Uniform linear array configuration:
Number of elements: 12
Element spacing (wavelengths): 1
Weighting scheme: hamming
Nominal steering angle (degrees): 60
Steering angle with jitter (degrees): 58.16
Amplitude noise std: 0.05
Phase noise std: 0.05

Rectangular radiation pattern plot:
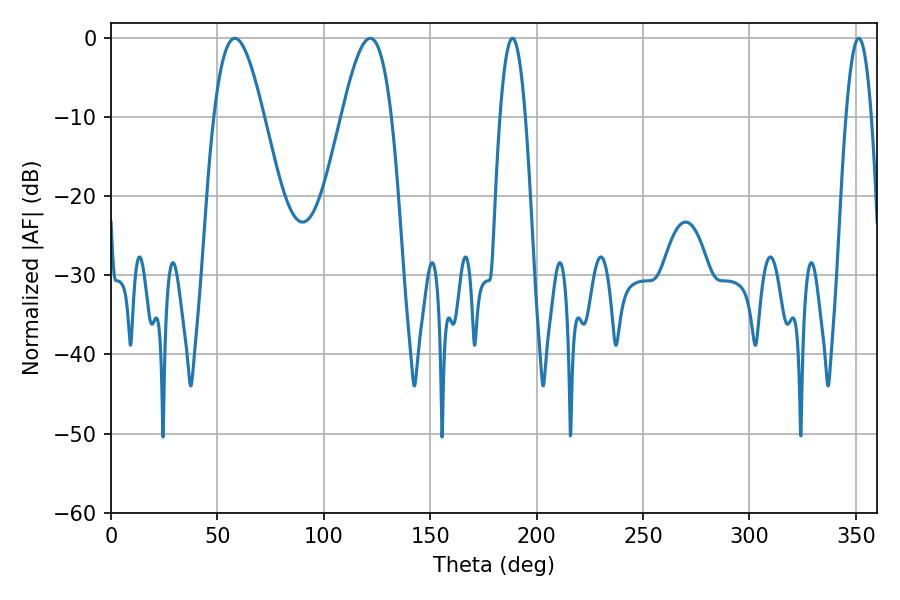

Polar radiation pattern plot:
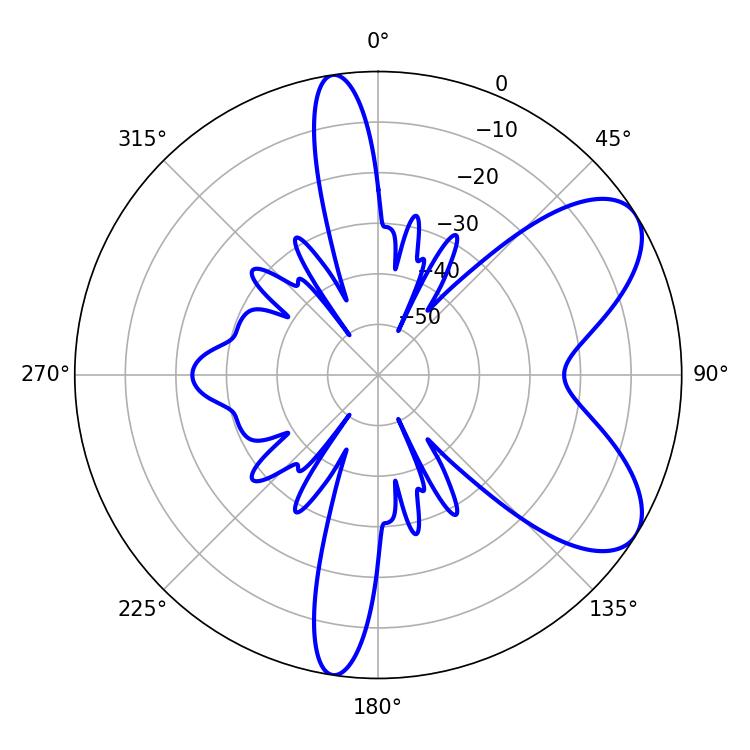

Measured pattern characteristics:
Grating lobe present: TRUE
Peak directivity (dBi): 7.252
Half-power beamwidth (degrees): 6.48
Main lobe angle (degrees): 188.64